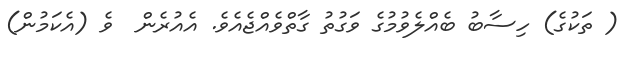
( ތަކުގެ) ހިސާބު ބެއްލެވުމުގެ ވަގުތު ގާތްވެއްޖެއެވެ. އެއުރެން  ވެ (އެކަމުން)